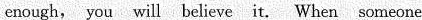
enough, you will believe it. When someone